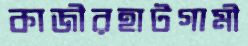
কাজীরহাটগামী